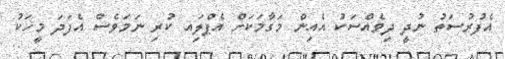
އެފުރުސަތު ނުދީ ދިވެއްސަކު އެއިން މަގާމަކަށް އެޕްލަިއ ކުރި ނަމަވެސް އެފަދަ މީހަކު